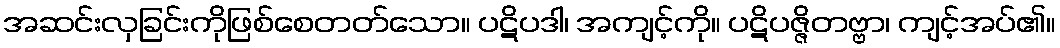
အဆင်းလှခြင်းကိုဖြစ်စေတတ်သော။ ပဋိပဒါ၊ အကျင့်ကို။ ပဋိပဇ္ဇိတဗ္ဗာ၊ ကျင့်အပ်၏။